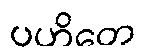
ပဟိတေ